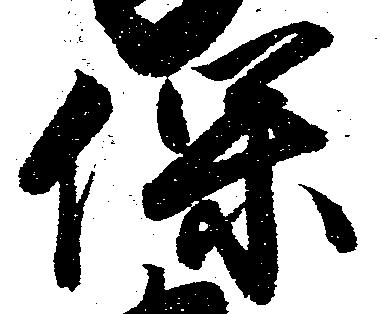
保